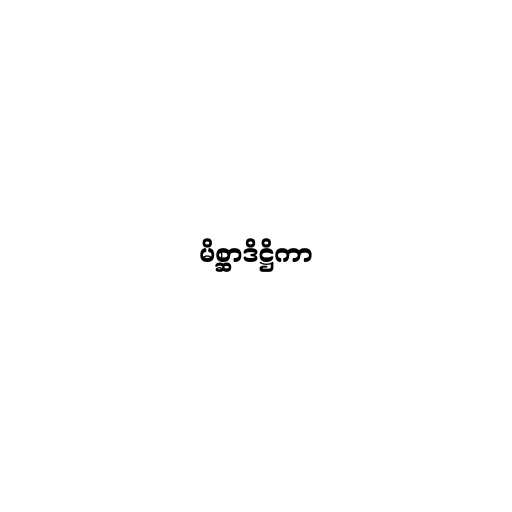
မိစ္ဆာဒိဋ္ဌိကာ